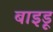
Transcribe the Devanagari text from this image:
बाइडू